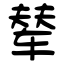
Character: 辇